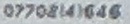
07708141646